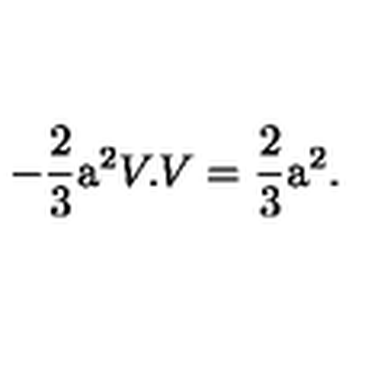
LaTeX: - \frac { 2 } { 3 } \mathrm { \Large a } ^ { 2 } V . V = \frac { 2 } { 3 } \mathrm { \Large a } ^ { 2 } .